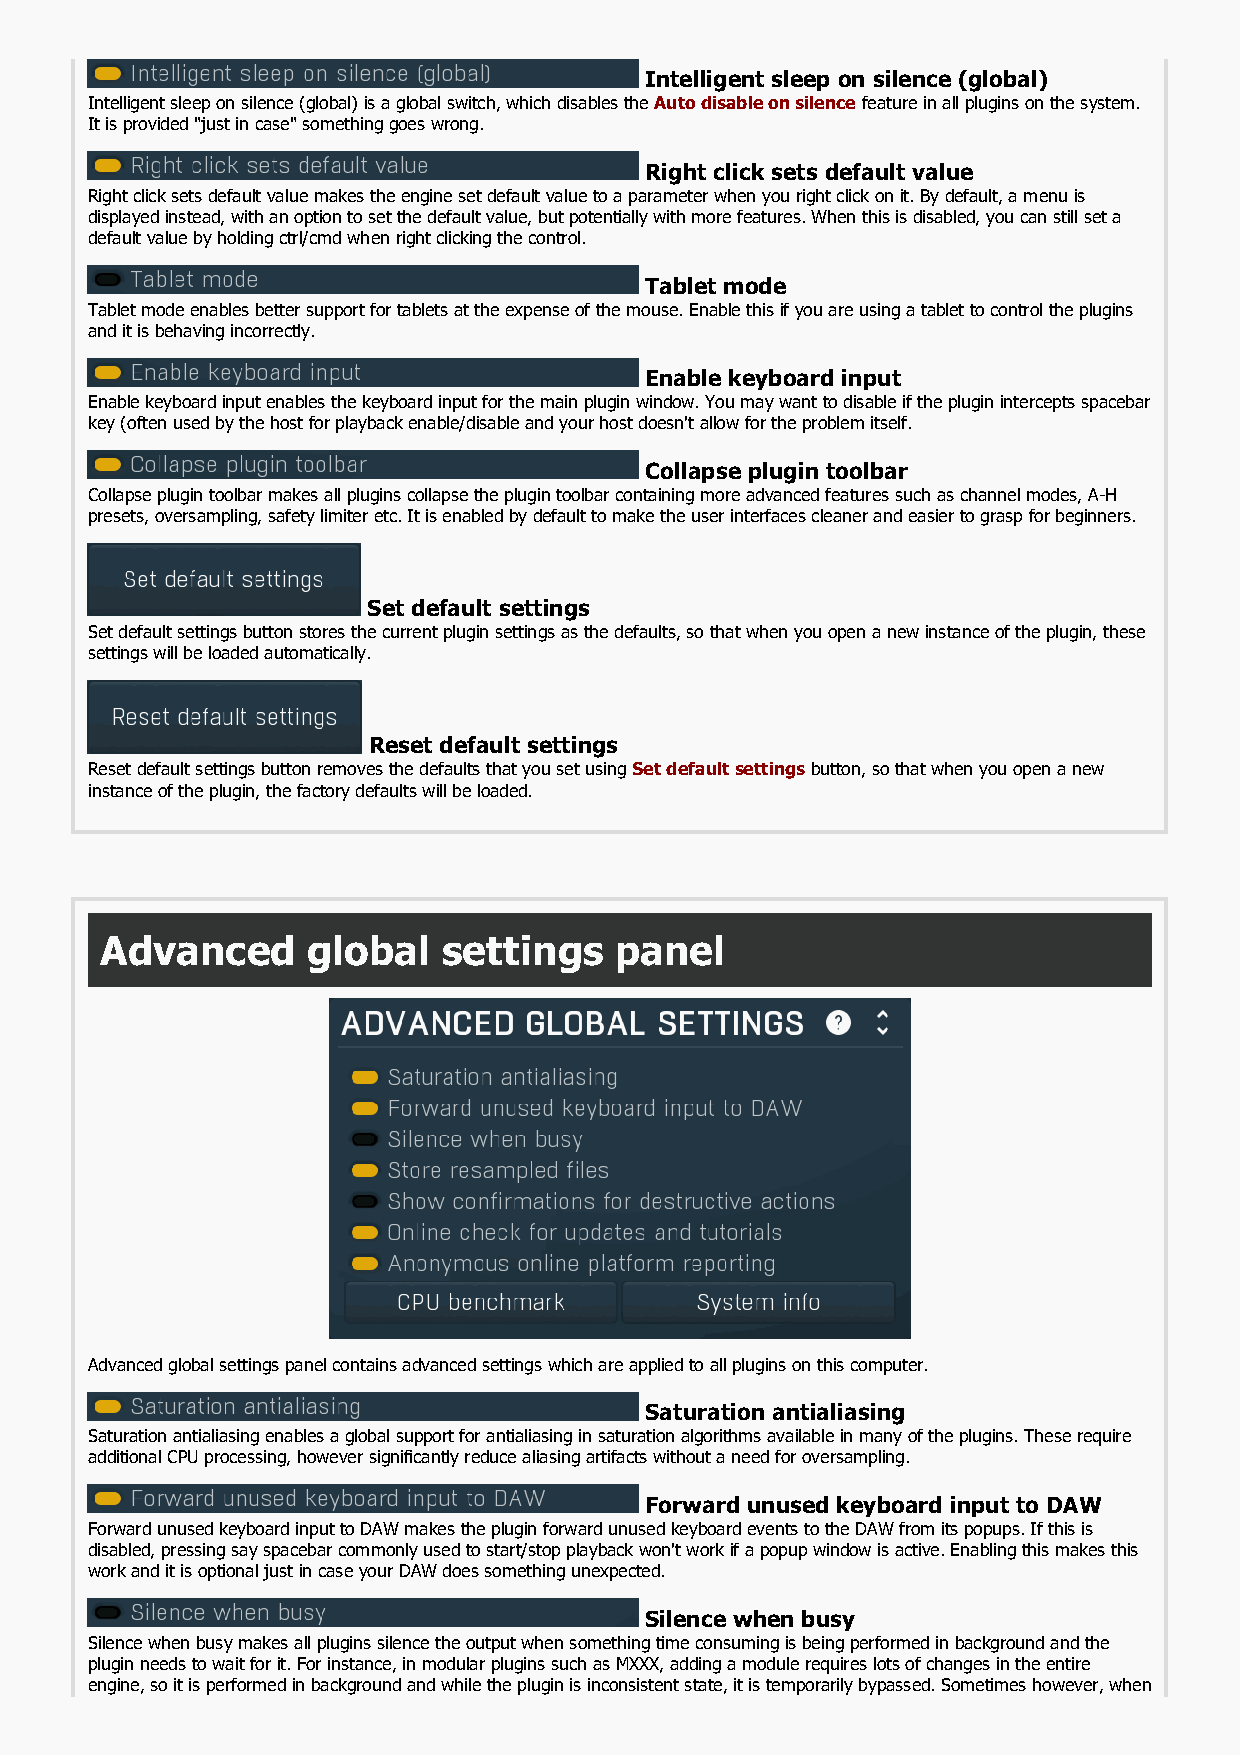
Intelligent sleep on silence (global)
 Intelligent sleep on silence (global) is a global switch, which disables the Auto disable on silence feature in all plugins on the system.
 It is provided "just in case" something goes wrong.
 Right click sets default value
 Right click sets default value makes the engine set default value to a parameter when you right click on it. By default, a menu is
 displayed instead, with an option to set the default value, but potentially with more features. When this is disabled, you can still set a
 default value by holding ctrl/cmd when right clicking the control.
 Tablet mode
 Tablet mode enables better support for tablets at the expense of the mouse. Enable this if you are using a tablet to control the plugins
 and it is behaving incorrectly.
 Enable keyboard input
 Enable keyboard input enables the keyboard input for the main plugin window. You may want to disable if the plugin intercepts spacebar
 key (often used by the host for playback enable/disable and your host doesn't allow for the problem itself.
 Collapse plugin toolbar
 Collapse plugin toolbar makes all plugins collapse the plugin toolbar containing more advanced features such as channel modes, A-H
 presets, oversampling, safety limiter etc. It is enabled by default to make the user interfaces cleaner and easier to grasp for beginners.
 Set default settings
 Set default settings button stores the current plugin settings as the defaults, so that when you open a new instance of the plugin, these
 settings will be loaded automatically.
 Reset default settings
 Reset default settings button removes the defaults that you set using Set default settings button, so that when you open a new
 instance of the plugin, the factory defaults will be loaded.
 Advanced     global   settings    panel
 Advanced global settings panel contains advanced settings which are applied to all plugins on this computer.
 Saturation antialiasing
 Saturation antialiasing enables a global support for antialiasing in saturation algorithms available in many of the plugins. These require
 additional CPU processing, however significantly reduce aliasing artifacts without a need for oversampling.
 Forward unused keyboard input to DAW
 Forward unused keyboard input to DAW makes the plugin forward unused keyboard events to the DAW from its popups. If this is
 disabled, pressing say spacebar commonly used to start/stop playback won't work if a popup window is active. Enabling this makes this
 work and it is optional just in case your DAW does something unexpected.
 Silence when busy
 Silence when busy makes all plugins silence the output when something time consuming is being performed in background and the
 plugin needs to wait for it. For instance, in modular plugins such as MXXX, adding a module requires lots of changes in the entire
 engine, so it is performed in background and while the plugin is inconsistent state, it is temporarily bypassed. Sometimes however, when